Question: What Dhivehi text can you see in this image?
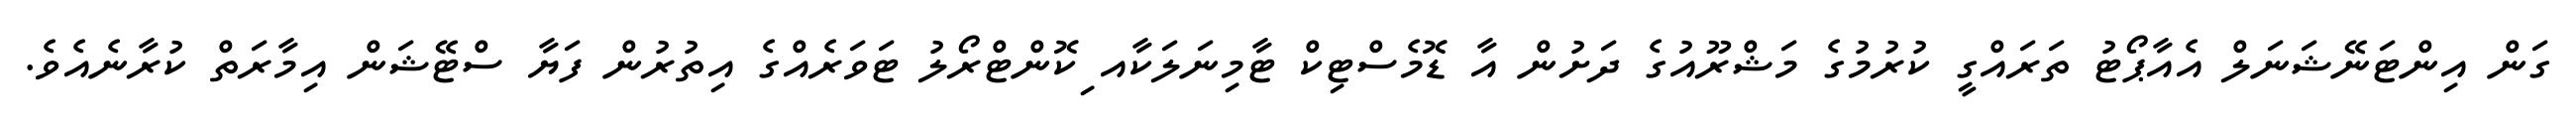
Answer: ގަން އިންޓަނޭޝަނަލް އެއާޕޯޓު ތަރައްގީ ކުރުމުގެ މަޝްރޫއުގެ ދަށުން އާ ޑޮމެސްޓިކް ޓާމިނަލަކާއ ިކޮންޓްރޯލު ޓަވަރެއްގެ އިތުރުން ފަޔާ ސްޓޭޝަން އިމާރަތް ކުރާނެއެވެ.